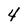
Character: 4